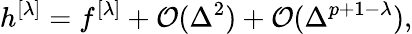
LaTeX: h^{[\lambda]}=f^{[\lambda]}+\mathcal{O}(\Delta^{2})+\mathcal{O}(\Delta^{p+1-\lambda}),